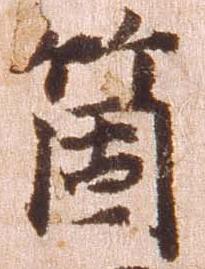
箇